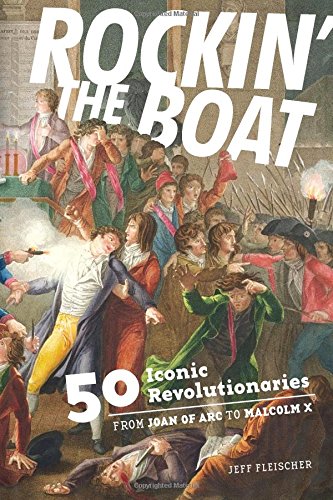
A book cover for Rockin' the Boat: 50 Iconic Revolutionaries - From Joan of Arc to Malcom X; Jeff Fleischer; Teen & Young Adult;